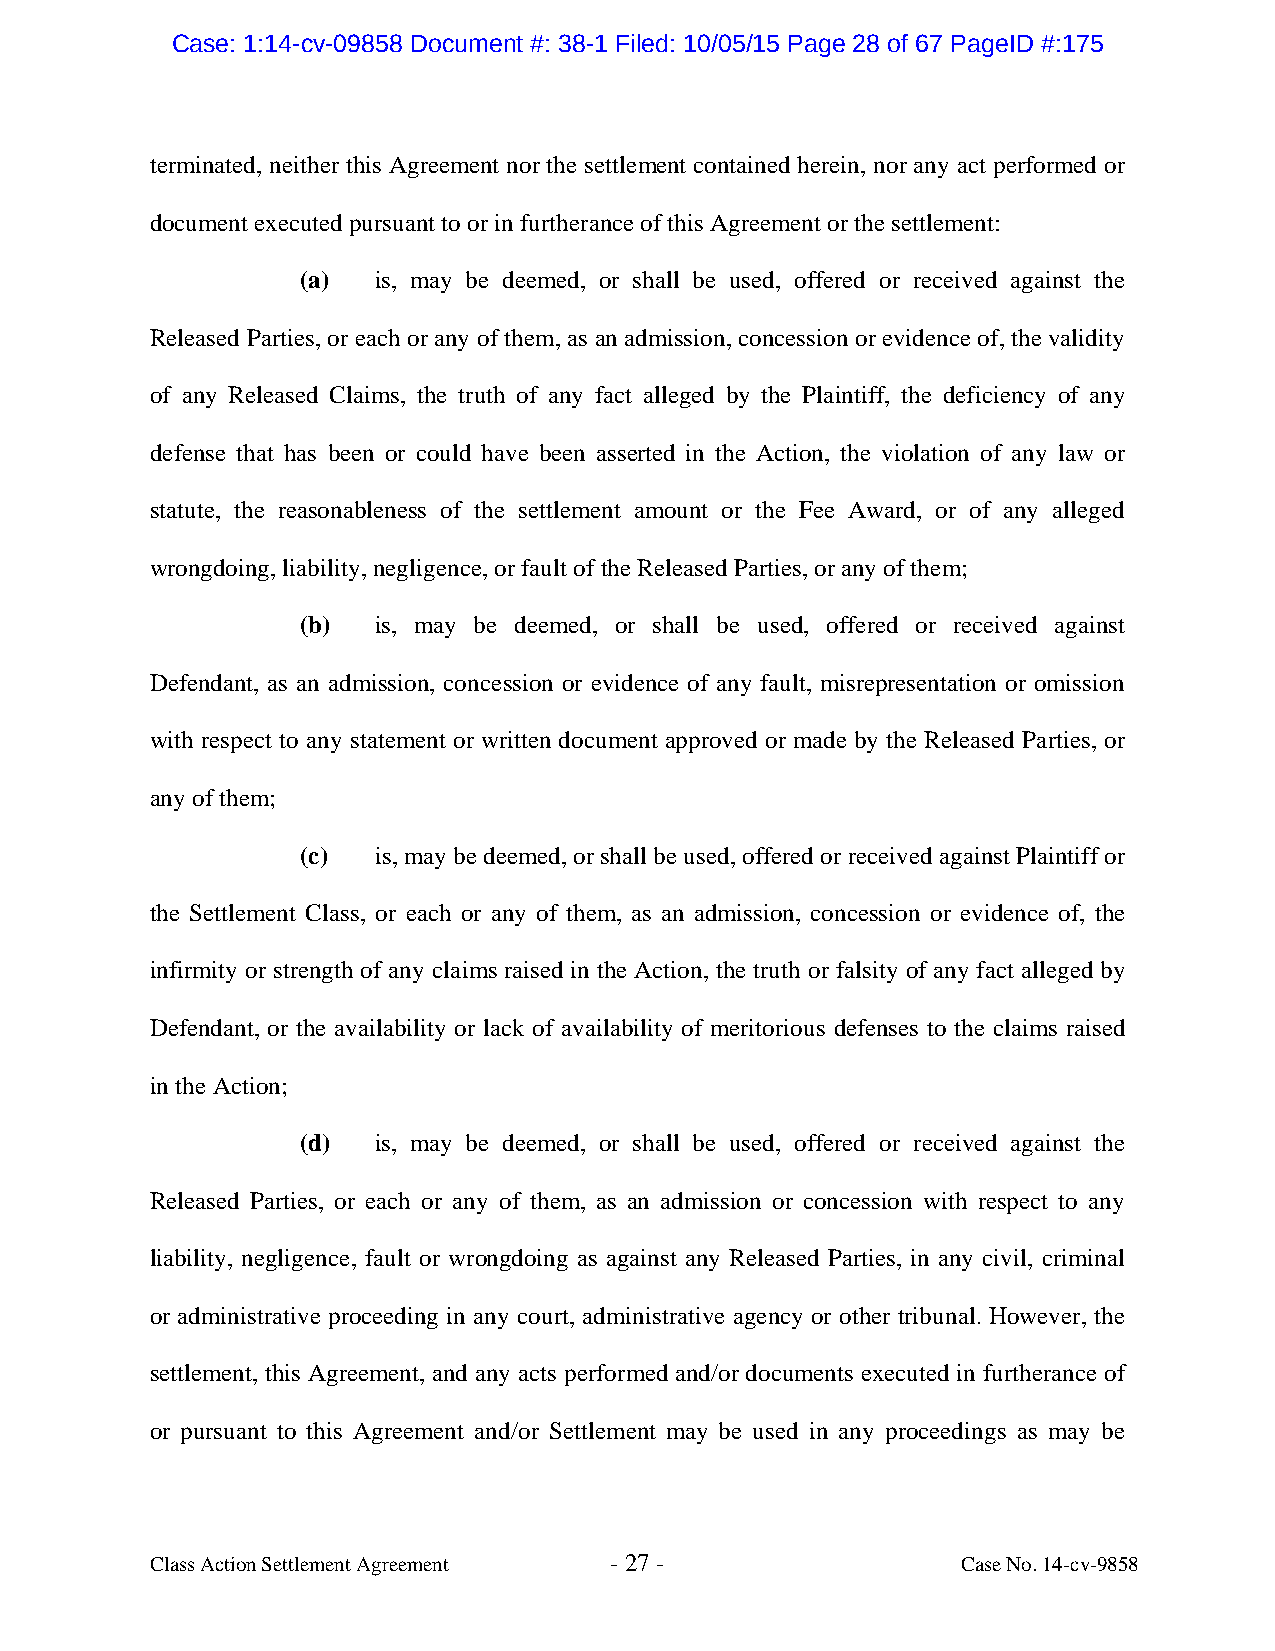
Case: 1:14-cv-09858 Document #: 38-1 Filed: 10/05/15 Page 28 of 67 PageID #:175
 terminated, neither this Agreement nor the settlement contained herein, nor any act performed or
 document executed pursuant to or in furtherance of this Agreement or the settlement:
 (a)  is, may be deemed, or shall be used, offered or received against the
 Released Parties, or each or any of them, as an admission, concession or evidence of, the validity
 of any Released Claims, the truth of any fact alleged by the Plaintiff, the deficiency of any
 defense that has been or could have been asserted in the Action, the violation of any law or
 statute, the reasonableness of the settlement amount or the Fee Award, or of any alleged
 wrongdoing, liability, negligence, or fault of the Released Parties, or any of them;
 (b)  is, may be deemed, or shall be used, offered or received against
 Defendant, as an admission, concession or evidence of any fault, misrepresentation or omission
 with respect to any statement or written document approved or made by the Released Parties, or
 any of them;
 (c)  is, may be deemed, or shall be used, offered or received against Plaintiff or
 the Settlement Class, or each or any of them, as an admission, concession or evidence of, the
 infirmity or strength of any claims raised in the Action, the truth or falsity of any fact alleged by
 Defendant, or the availability or lack of availability of meritorious defenses to the claims raised
 in the Action;
 (d)  is, may be deemed, or shall be used, offered or received against the
 Released Parties, or each or any of them, as an admission or concession with respect to any
 liability, negligence, fault or wrongdoing as against any Released Parties, in any civil, criminal
 or administrative proceeding in any court, administrative agency or other tribunal. However, the
 settlement, this Agreement, and any acts performed and/or documents executed in furtherance of
 or pursuant to this Agreement and/or Settlement may be used in any proceedings as may be
 Class Action Settlement Agreement - 27 -              Case No. 14-cv-9858